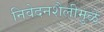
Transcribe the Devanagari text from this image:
निवेदनशैलीमुळे